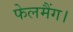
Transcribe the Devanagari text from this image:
फेलमैंग।